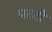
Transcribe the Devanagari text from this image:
परटो